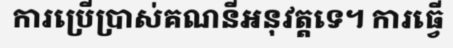
ការប្រើប្រាស់គណនីអនុវត្តទេ។ ការធ្វើ